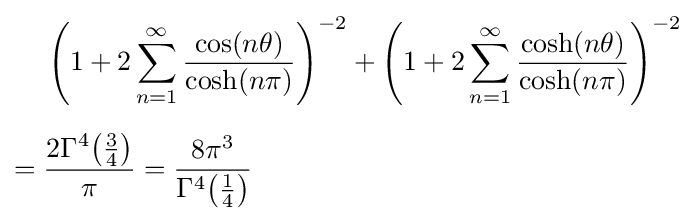
{\begin{aligned}&\left(1+2\sum _{n=1}^{\infty }{\frac {\cos(n\theta )}{\cosh(n\pi )}}\right)^{-2}+\left(1+2\sum _{n=1}^{\infty }{\frac {\cosh(n\theta )}{\cosh(n\pi )}}\right)^{-2}\\[6pt]={}&{\frac {2\Gamma ^{4}{\bigl (}{\frac {3}{4}}{\bigr )}}{\pi }}={\frac {8\pi ^{3}}{\Gamma ^{4}{\bigl (}{\frac {1}{4}}{\bigr )}}}\end{aligned}}